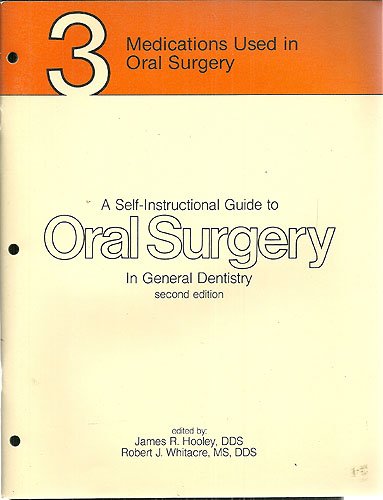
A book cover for Medications used in oral surgery (A Self-instructional guide to oral surgery in general dentistry); James R Hooley; Medical Books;